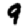
Digit: 9